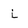
Character: l